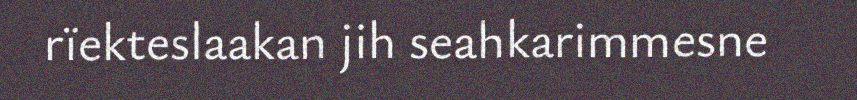
rïekteslaakan jih seahkarimmesne